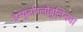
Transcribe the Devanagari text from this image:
इम्युनोग्लोबुलिनचा